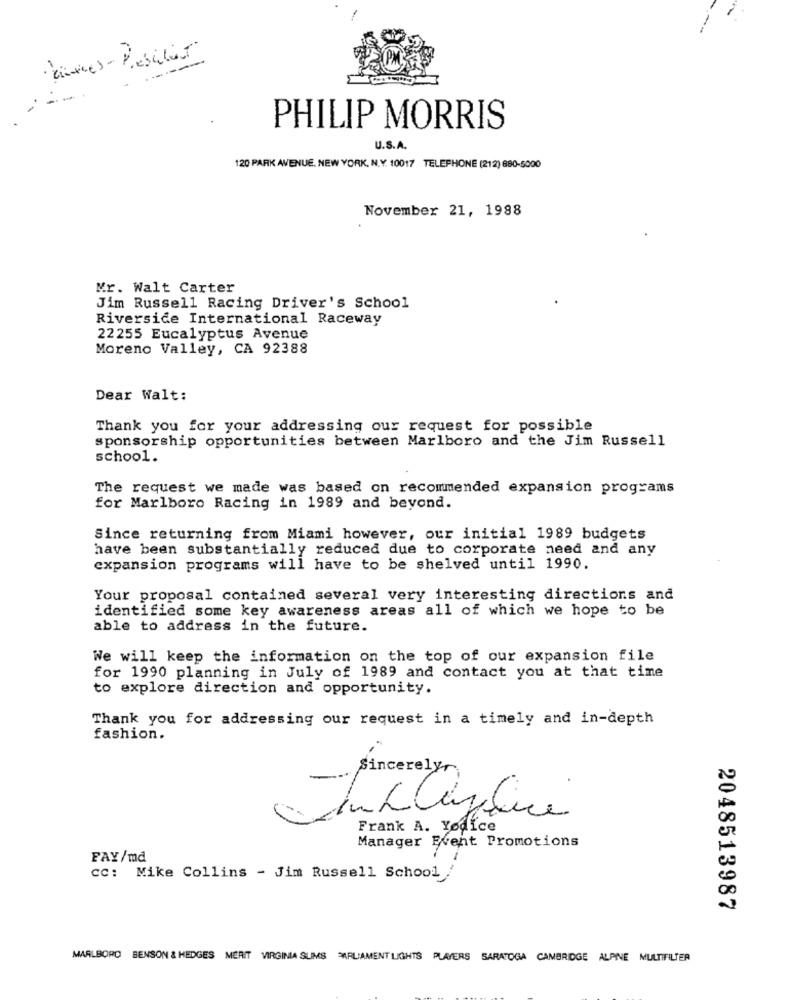
antes - Deschut
- -------
----
PHILIP MORRIS
U.S.A.
120 PARK AVENUE. NEW YORK, N.Y. 10017 TELEPHONE (212) 680-5000
November 21, 1988
Mr. Walt Carter
Jim Russell Racing Driver's School
Riverside International Raceway
22255 Eucalyptus Avenue
Moreno Valley, CA 92388
Dear Walt:
Thank you for your addressing our request for possible
sponsorship opportunities between Marlboro and the Jim Russell
school.
The request we made was based on recommended expansion programs
for Marlboro Racing in 1989 and beyond.
Since returning from Miami however, our initial 1989 budgets
have been substantially reduced due to corporate need and any
expansion programs will have to be shelved until 1990.
Your proposal contained several very interesting directions and
identified some key awareness areas all of which we hope to be
able to address in the future.
We will keep the information on the top of our expansion file
for 1990 planning in July of 1989 and contact you at that time
to explore direction and opportunity.
Thank you for addressing our request in a timely and in-depth
fashion.
Sincerely,
Frank A. Yodice
Manager Event Promotions
FAY/md
cc: Mike Collins - Jim Russell School /
2048513987
MARLBORO BENSON & HEDGES MERIT VIRGINIA SUMS PARLIAMENT LIGHTS PLAYERS SARATOGA CAMBRIDGE ALPINE MULTIFILTER